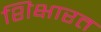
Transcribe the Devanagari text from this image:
शिक्षारत